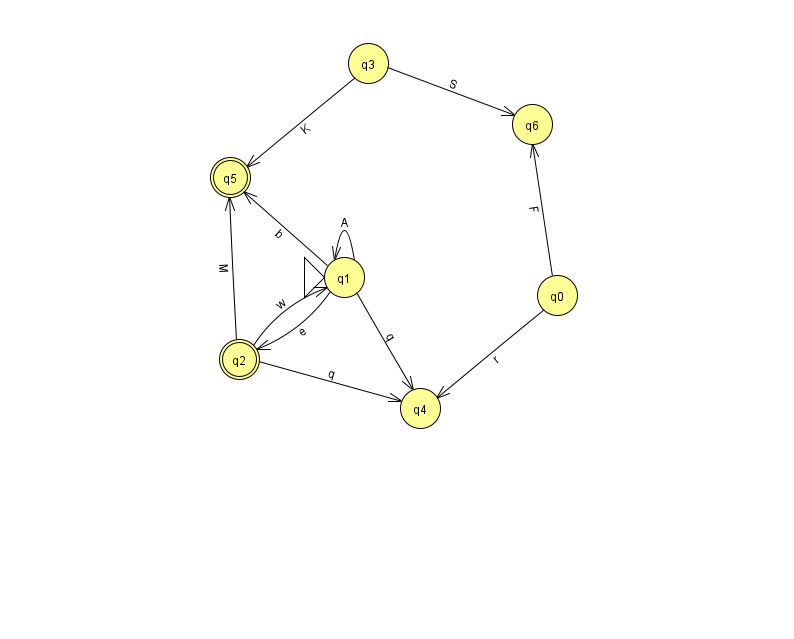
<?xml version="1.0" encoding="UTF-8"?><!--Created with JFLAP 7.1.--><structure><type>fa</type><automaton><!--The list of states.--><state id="0" name="q0"><x>557.0</x><y>282.0</y></state><state id="1" name="q1"><x>344.0</x><y>264.0</y><initial/></state><state id="2" name="q2"><x>239.0</x><y>346.0</y><final/></state><state id="3" name="q3"><x>368.0</x><y>50.0</y></state><state id="4" name="q4"><x>420.0</x><y>395.0</y></state><state id="5" name="q5"><x>230.0</x><y>164.0</y><final/></state><state id="6" name="q6"><x>532.0</x><y>111.0</y></state><!--The list of transitions.--><transition><from>1</from><to>1</to><read>A</read></transition><transition><from>1</from><to>5</to><read>b</read></transition><transition><from>1</from><to>2</to><read>e</read></transition><transition><from>3</from><to>6</to><read>S</read></transition><transition><from>0</from><to>6</to><read>F</read></transition><transition><from>2</from><to>1</to><read>w</read></transition><transition><from>0</from><to>4</to><read>r</read></transition><transition><from>2</from><to>5</to><read>M</read></transition><transition><from>1</from><to>4</to><read>q</read></transition><transition><from>2</from><to>4</to><read>q</read></transition><transition><from>3</from><to>5</to><read>K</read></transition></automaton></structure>